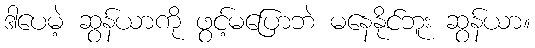
ဒါပေမဲ့ ဆွန်ယာကို ဖွင့်မပြောဘဲ မနေနိုင်ဘူး ဆွန်ယာ။